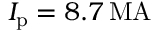
I _ { \mathrm { p } } = 8 . 7 \, \mathrm { M A }